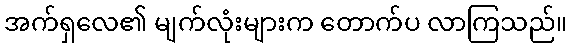
အက်ရှလေ၏ မျက်လုံးများက တောက်ပ လာကြသည်။